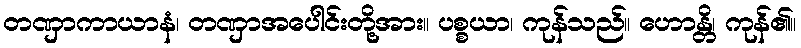
တဏှာကာယာနံ၊ တဏှာအပေါင်းတို့အား။ ပစ္စယာ၊ ကုန်သည်။ ဟောန္တိ၊ ကုန်၏။